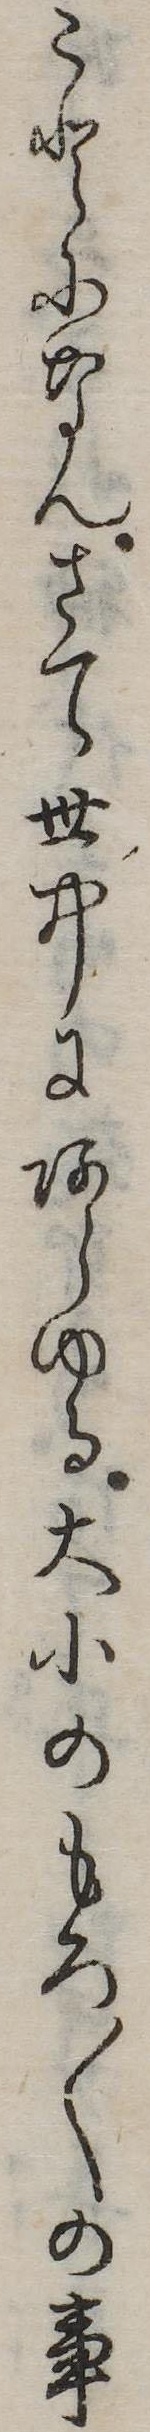
ことになんさて世中にあらゆる大小のもろ〱の事